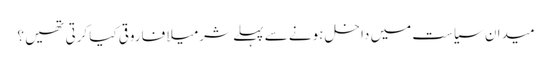
میدان سیاست میں داخل ہونے سے پہلے شرمیلا فاروقی کیا کرتی تھیں ؟